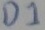
Text: D1